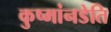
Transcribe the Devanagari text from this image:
कुष्मांनडेति